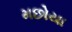
મછોયા